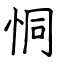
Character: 恫